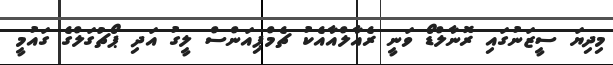
މިދިޔަ ސީޒަނުގައި ރޮނާލްޑޯ ވަނީ ރެއާލްއާއެކު ޗެމްޕިއަންސް ލީގު އަދި ޕޯޗުގަލްގެ ގައުމީ